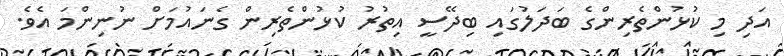
އަދި މި ކުޅުންތެރިންގެ ބަދަލުގައި ބިދޭސީ އިތުރު ކުޅުންތެރިން ގެނައުމަށް ނުނިންމަ އެވެ.